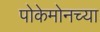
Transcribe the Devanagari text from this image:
पोकेमोनच्या